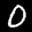
Label: 0